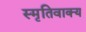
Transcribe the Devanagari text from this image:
स्मृतिवाक्य